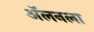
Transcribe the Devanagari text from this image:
अॅलनला